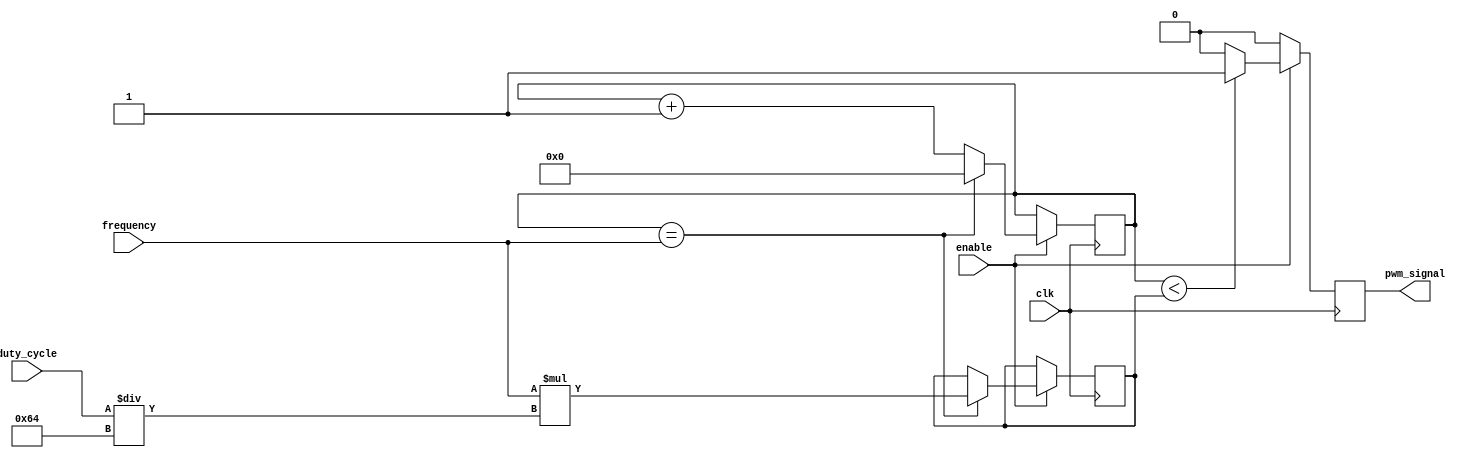
module timing_control(
    input clk,
    input enable,
    input [7:0] duty_cycle,
    input [15:0] frequency,
    output reg pwm_signal
);

reg [15:0] count;
reg [7:0] threshold;

always @(posedge clk) begin
    if(enable) begin
        count <= count + 1;
        if(count == frequency) begin
            count <= 0;
            threshold <= frequency * (duty_cycle / 100);
        end
        if(count < threshold) begin
            pwm_signal <= 1;
        end else begin
            pwm_signal <= 0;
        end
    end else begin
        pwm_signal <= 0;
    end
end

endmodule